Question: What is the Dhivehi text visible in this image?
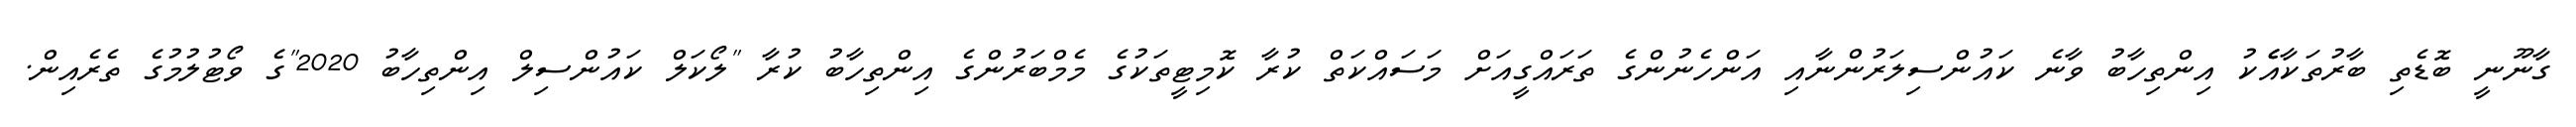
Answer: ގާނޫނީ ބޮޑެތި ބާރުތަކާއެެކު އިންތިހާބު ވާނެ ކައުންސިލަރުންނާއި އަންހެނުންގެ ތަރައްގީއަށް މަސައްކަތް ކުރާ ކޮމިޓީތަކުގެ މެމްބަރުންގެ އިންތިހާބު ކުރާ "ލޯކަލް ކައުންސިލް އިންތިހާބު 2020"ގެ ވޯޓުލުމުގެ ތެރެއިން.